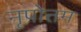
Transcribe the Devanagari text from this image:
नृपोत्तम